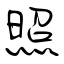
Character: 照